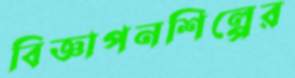
বিজ্ঞাপনশিল্পের